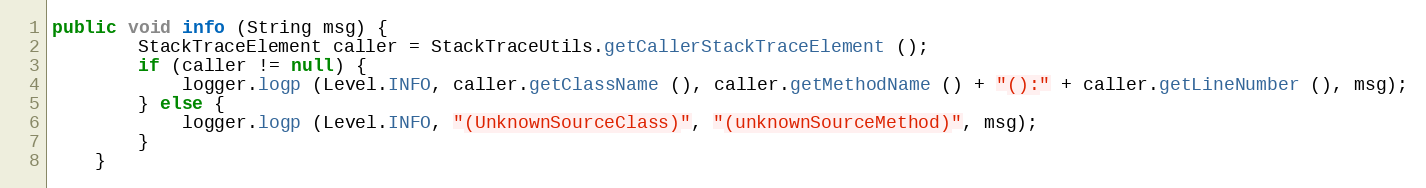
Language: Java
public void info (String msg) {
		StackTraceElement caller = StackTraceUtils.getCallerStackTraceElement ();
		if (caller != null) {
			logger.logp (Level.INFO, caller.getClassName (), caller.getMethodName () + "():" + caller.getLineNumber (), msg);
		} else {
			logger.logp (Level.INFO, "(UnknownSourceClass)", "(unknownSourceMethod)", msg);
		}
	}